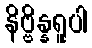
နိဗ္ဗိန္နရူပါ